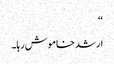
‘‘
ارشد خاموش رہا۔